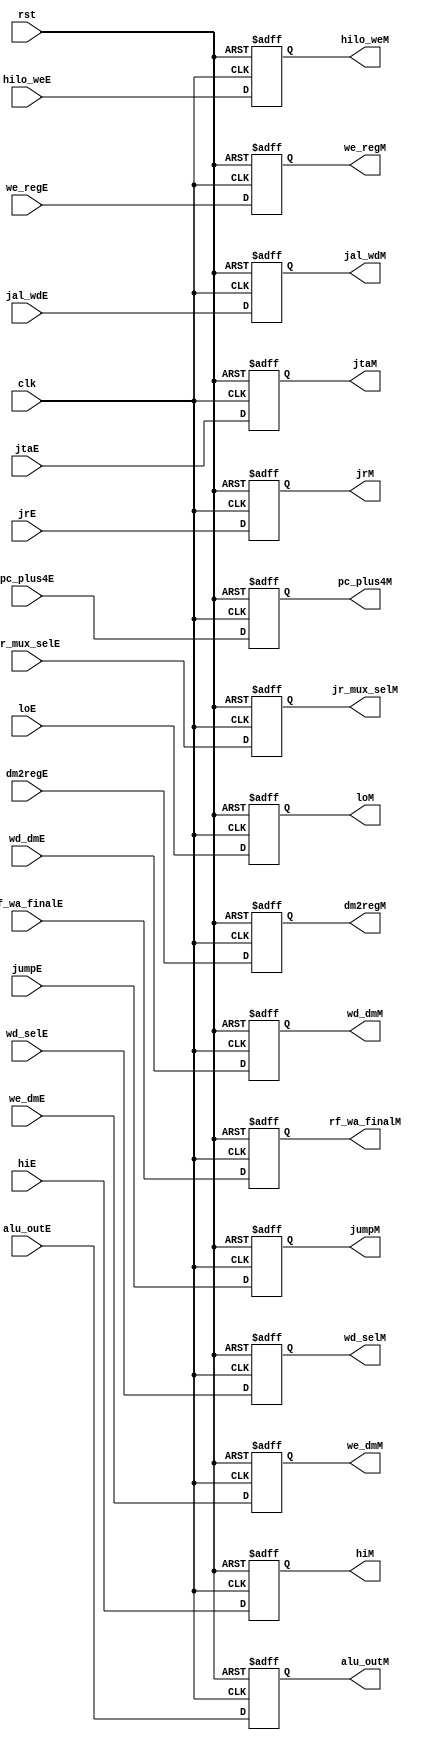
module e_m_stage_reg(
    input clk, rst,
    input hilo_weE,
    input jumpE,
    input jr_mux_selE,
    input [1:0] wd_selE,
    input dm2regE,
    input we_dmE,
    input we_regE,
    input jal_wdE,
    input [31:0] alu_outE,
    input [31:0] hiE,
    input [31:0] loE,
    input [31:0] wd_dmE,
    input [4:0] rf_wa_finalE,
    input [31:0] jrE,
    input [31:0] jtaE,
    input [31:0] pc_plus4E,
    
    output reg hilo_weM,
    output reg jumpM,
    output reg jr_mux_selM,
    output reg  [1:0] wd_selM,
    output reg dm2regM,
    output reg we_dmM,
    output reg we_regM,
    output reg jal_wdM,
    output reg [31:0] alu_outM,
    output reg [31:0] hiM,
    output reg [31:0] loM,
    output reg [31:0] wd_dmM,
    output reg [4:0] rf_wa_finalM,
    output reg [31:0] jrM,
    output reg [31:0] jtaM,
    output reg [31:0] pc_plus4M

    );
    always @ (posedge clk, posedge rst) begin
        if (rst) begin
            hilo_weM <= 0;
            jumpM <= 0;
            jr_mux_selM <= 0;
            wd_selM <= 0;
            dm2regM <= 0;
            we_dmM <= 0;
            we_regM <= 0;
            jal_wdM <= 0;
            alu_outM <= 0;
            hiM <= 0;
            loM <= 0;
            wd_dmM <= 0;
            rf_wa_finalM <= 0;
            jrM <= 0;
            jtaM <= 0;
            pc_plus4M <= 0;
        end
        else begin
            hilo_weM <= hilo_weE;
            jumpM <= jumpE;
            jr_mux_selM <= jr_mux_selE;
            wd_selM <= wd_selE;
            dm2regM <= dm2regE;
            we_dmM <= we_dmE;
            we_regM <= we_regE;
            jal_wdM <= jal_wdE;
            alu_outM <= alu_outE;
            hiM <= hiE;
            loM <= loE;
            wd_dmM <= wd_dmE;
            rf_wa_finalM <= rf_wa_finalE;
            jrM <= jrE;
            jtaM <= jtaE;
            pc_plus4M <= pc_plus4E;
        end
    end
endmodule